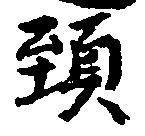
頸